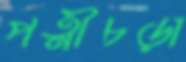
পত্নীচড়া